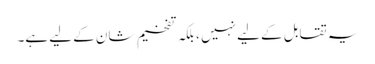
یہ تقابل کے لیے نہیں ، بلکہ تفخیم شان کے لیے ہے۔